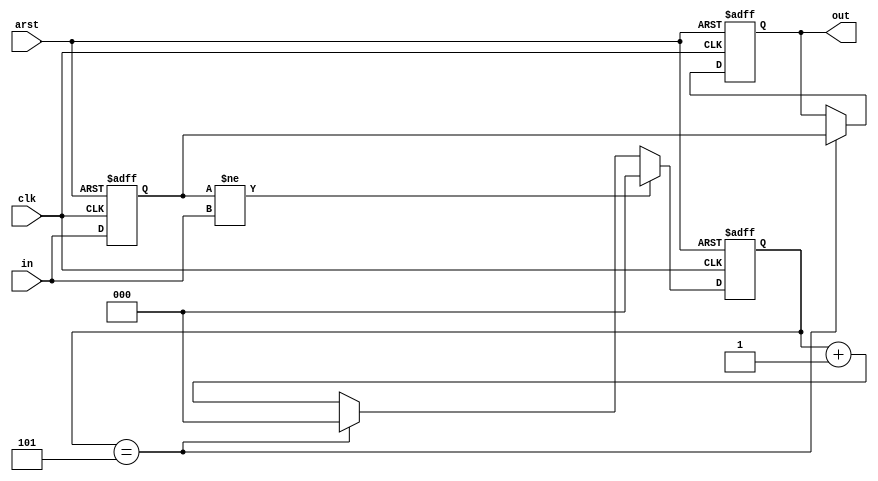
`timescale 1ns / 1ps
//////////////////////////////////////////////////////////////////////////////////
// Company: 
// Engineer: 
// 
// Design Name: 
// Module Name: button_debouncer
// Project Name: 
// Target Devices: 
// Tool Versions: 
// Description: 
// 
// Dependencies: 
// 
// Revision:
// Revision 0.01 - File Created
// Additional Comments:
// 
//////////////////////////////////////////////////////////////////////////////////


module button_debouncer #(parameter BIT_W = 2, 
                          parameter DEBOUNCE_CLKS = 5)
                          (input clk, 
                           input arst,
                           input  [BIT_W - 1: 0] in, 
                           output reg [BIT_W - 1: 0] out);

reg [BIT_W - 1:0] temp; 
reg [$clog2(DEBOUNCE_CLKS) - 1:0] cntr; 

always @(posedge clk or posedge arst) begin 
    if (arst) begin 
        cntr <= 'b0; 
        temp <= 'b0; 
        out <= 'b0; 
    end else begin 
        temp <= in;
        
        if (cntr == DEBOUNCE_CLKS) begin 
            out <= temp; 
        end 
        
        cntr <= (temp != in) ? 'b0 : // if there is mismatch then reset counter
                (cntr == DEBOUNCE_CLKS) ? 'b0 : cntr + 1'b1;  
    end 
end 


endmodule